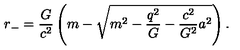
r _ { - } = \frac { G } { c ^ { 2 } } \left( m - \sqrt { m ^ { 2 } - \frac { q ^ { 2 } } { G } - \frac { c ^ { 2 } } { G ^ { 2 } } a ^ { 2 } } \right) .